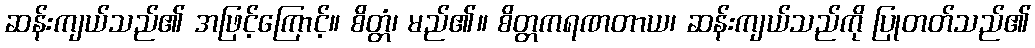
ဆန်းကျယ်သည်၏ အဖြင့်ကြောင့်။ စိတ္တံ၊ မည်၏။ စိတ္တကရဏတာယ၊ ဆန်းကျယ်သည်ကို ပြုတတ်သည်၏